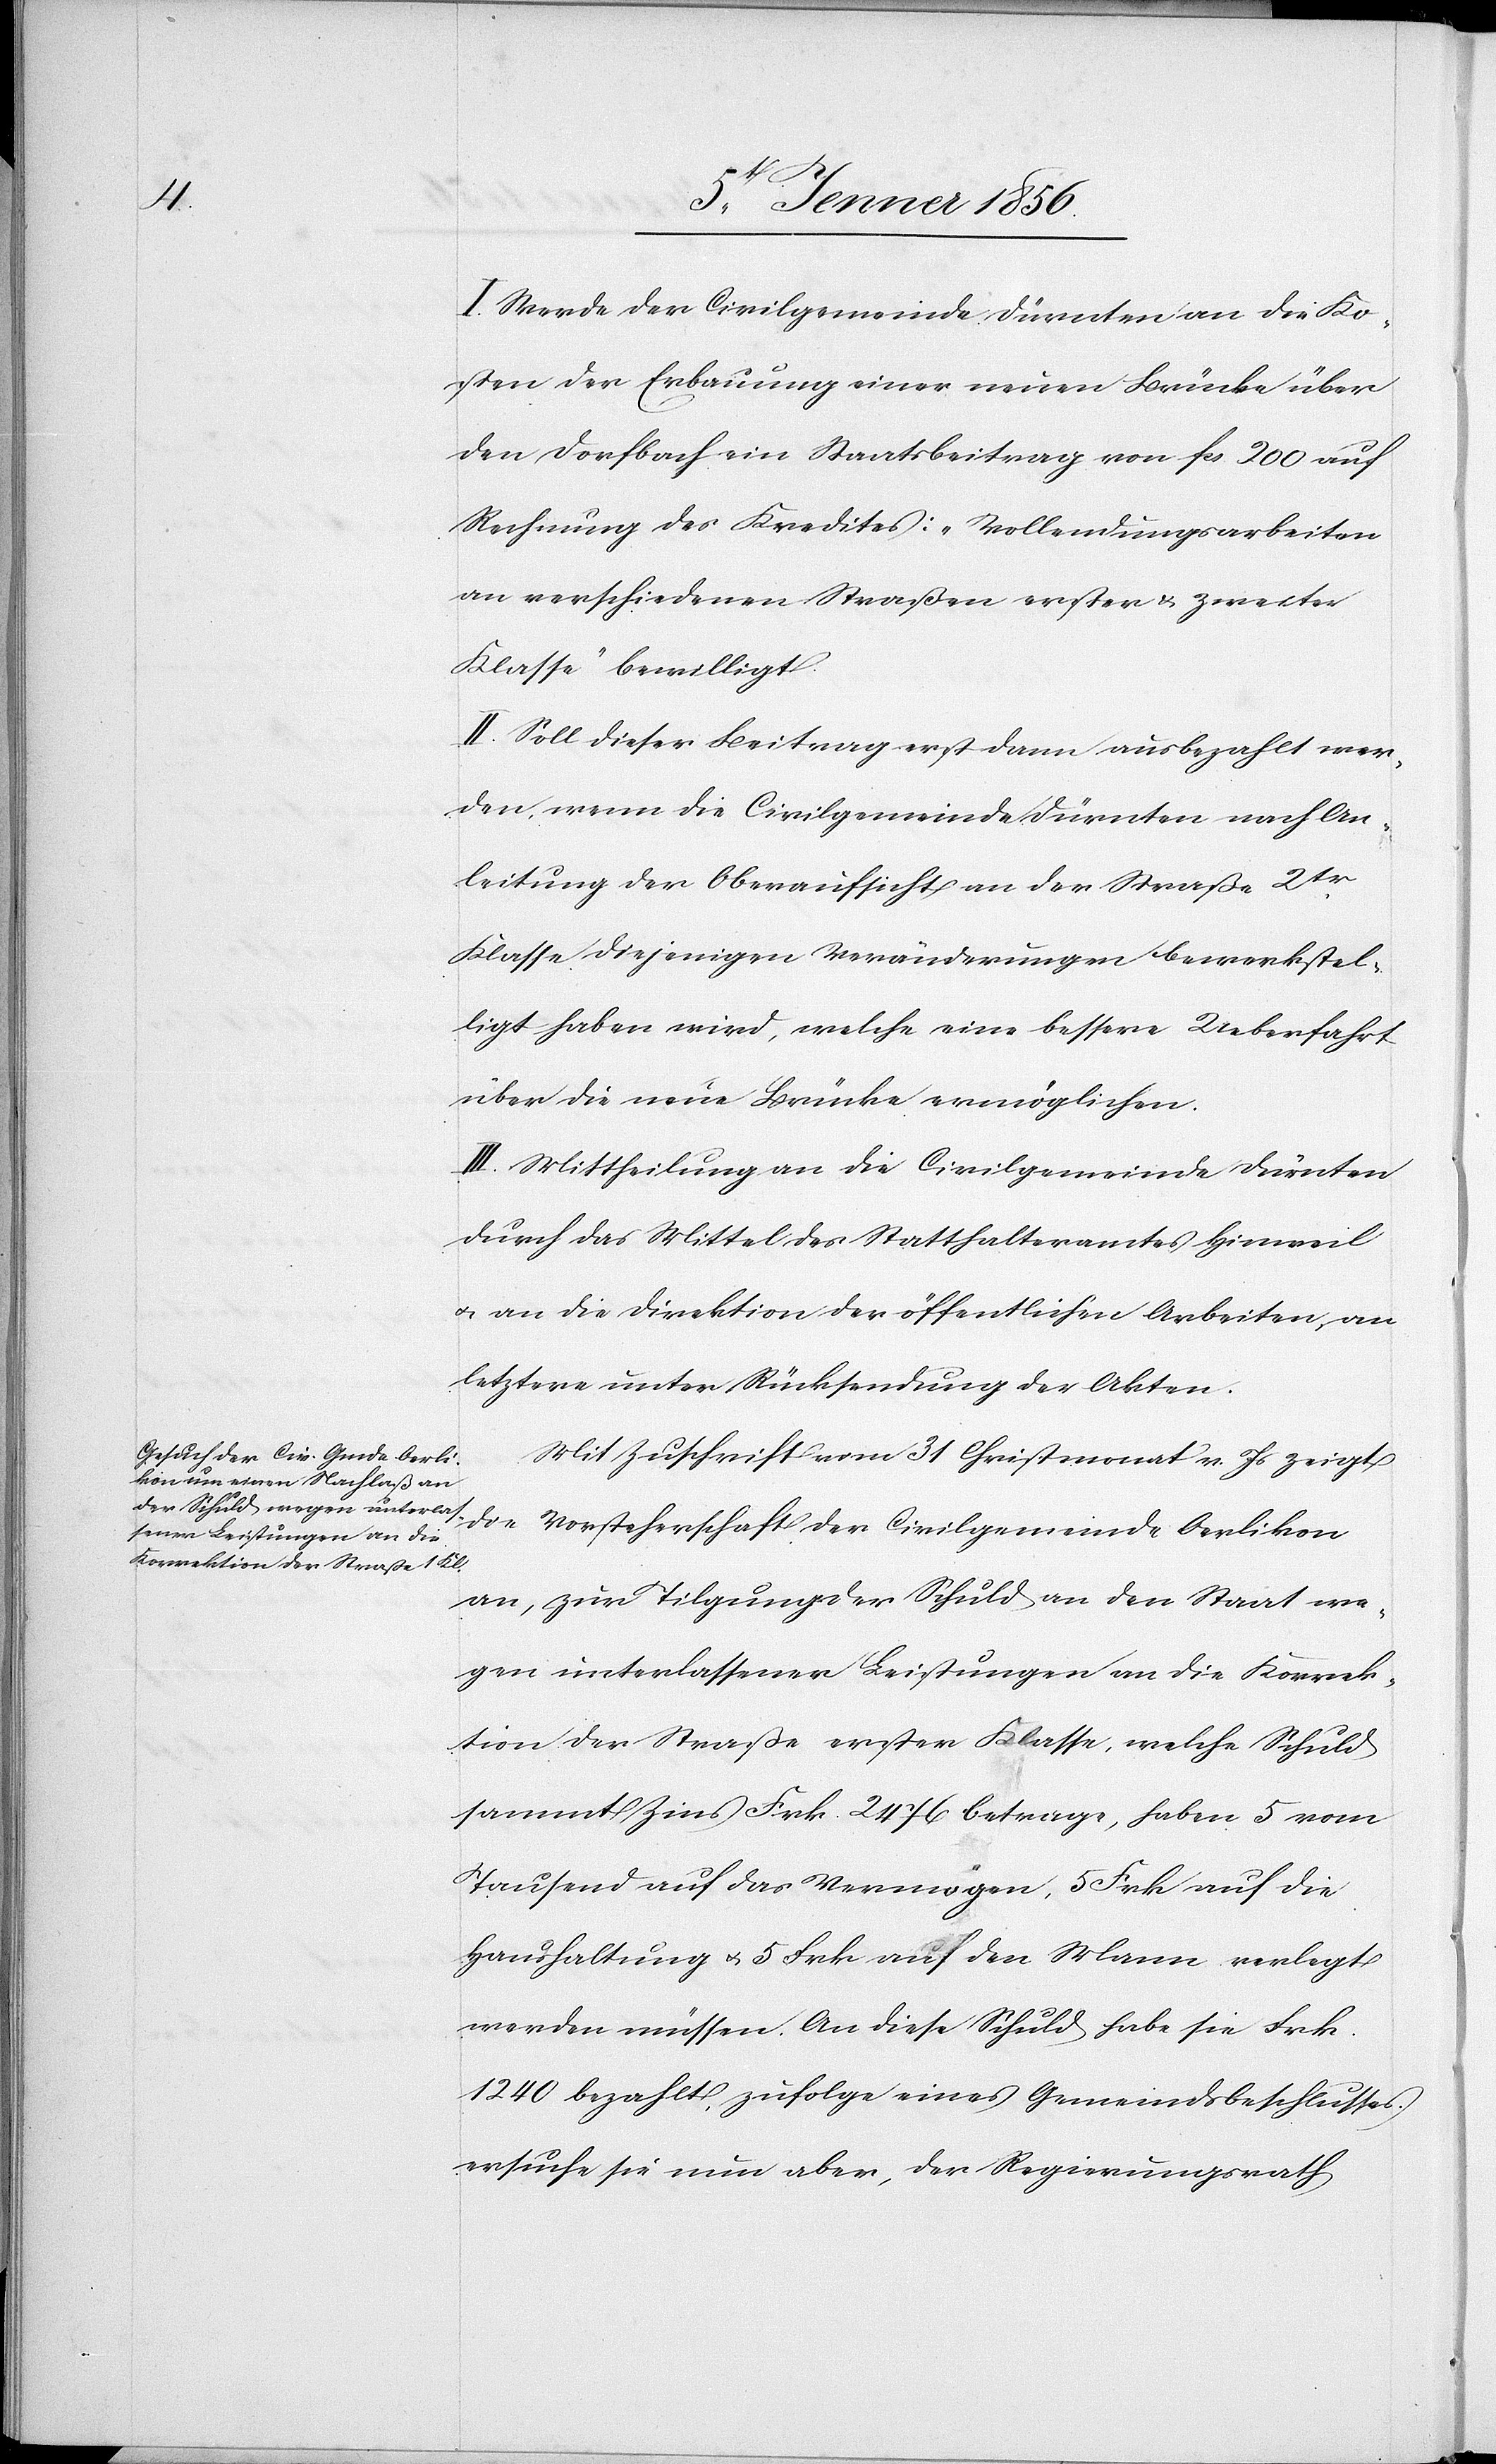
I. Werde der Civilgemeinde Dürnten an die Ko¬
sten der Erbauung einer neuen Brücke über
den Dorfbach ein Staatsbeitrag von fcs 200 auf
Rechnung des Kredites: „Vollendungsarbeiten
an verschiedenen Straßen erster u. zweiter
Klasse“ bewilligt.
II. Soll dieser Beitrag erst dann ausbezahlt wer¬
den, wenn die Civilgemeinde Dürnten nach An¬
leitung der Oberaufsicht an der Straße 2tr.
Klasse diejenigen Veränderungen bewerkstel¬
ligt haben wird, welche eine bessere Ueberfahrt
über die neue Brücke ermöglichen.
III. Mittheilung an die Civilgemeinde Dürnten
durch das Mittel des Statthalteramtes Hinweil
u. an die Direktion der öffentlichen Arbeiten, an
letztere unter Rücksendung der Akten.
Mit Zuschrift vom 31 Christmonat v. Js zeigt
an, zur Tilgung der Schuld an den Staat we¬
gen unterlassener Leistungen an die Korrek¬
tion der Straße erster Klasse, welche Schuld
sammt Zins Frk. 2476 betrage, haben 5 vom
Tausend auf das Vermögen, 5 Frk auf die
Haushaltung u. 5 Frk auf den Mann verlegt
werden müssen. An diese Schuld habe sie Frk.
1240 bezahlt, zufolge eines Gemeindsbeschlusses
ersuche sie nun aber, der Regierungsrath